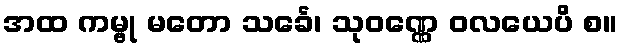
အထ ကမ္ဗု မတော သင်္ခေ၊ သုဝဏ္ဏေ ဝလယေပိ စ။